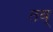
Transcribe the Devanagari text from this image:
तब्